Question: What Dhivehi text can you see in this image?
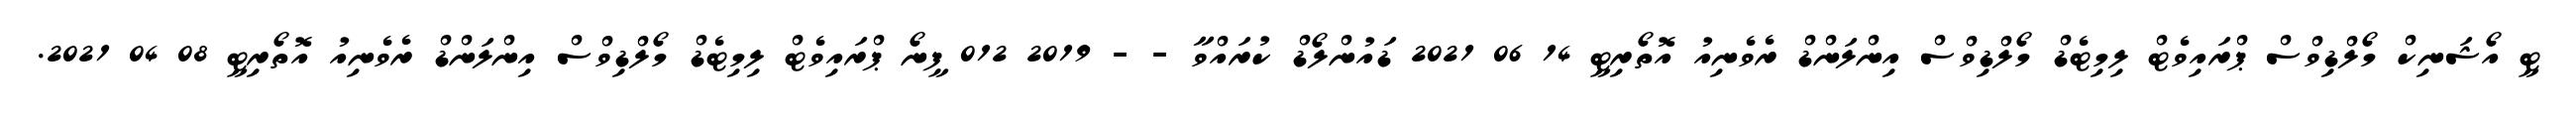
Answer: ޓީ އޯޝަނިކް މޯލްޑިވްސް ޕްރައިވެޓް ލިމިޓެޑް މޯލްޑިވްސް އިންލަންޑް ރެވެނިއު އޮތޯރިޓީ 14 06 2021 ޑައުންލޯޑް ކުރައްވާ - - 2019 012 ފީނޯ ޕްރައިވެޓް ލިމިޓެޑް މޯލްޑިވްސް އިންލަންޑް ރެވެނިއު އޮތޯރިޓީ 08 04 2021.